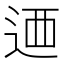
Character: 𨒿